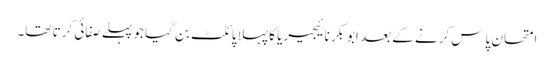
امتحان پاس کرنے کے بعد ابوبکر نائیجیریا کا پہلا پائلٹ بن گیا جو پہلے صفائی کرتا تھا۔